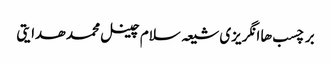
برچسب ها انگریزی شیعہ سلام چینل محمد ھدایتی